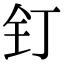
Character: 钉